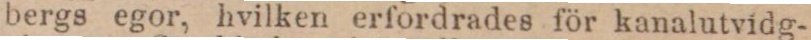
bergs egor, hvilken erfordrades för kanalutvidg-